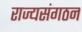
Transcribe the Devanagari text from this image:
राज्यसंगठन